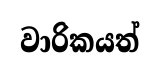
වාරිකයත්